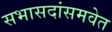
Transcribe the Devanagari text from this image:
सभासदांसमवेत